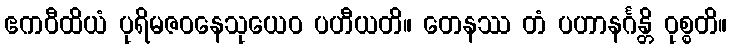
ဧကဝီထိယံ ပုရိမဇဝနေသုယေဝ ပဟီယတိ။ တေနဿ တံ ပဟာနင်္ဂန္တိ ဝုစ္စတိ။